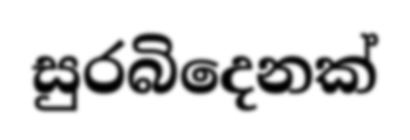
සුරබිදෙනක්